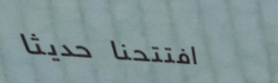
افتتحنا حديثاً